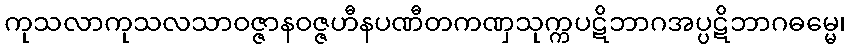
ကုသလာကုသလသာဝဇ္ဇာနဝဇ္ဇဟီနပဏီတကဏှသုက္ကပဋိဘာဂအပ္ပဋိဘာဂဓမ္မေ၊